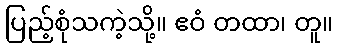
ပြည့်စုံသကဲ့သို့။ ဧဝံ တထာ၊ တူ။